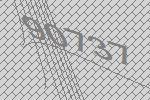
90737